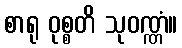
စာရု ဝုစ္စတိ သုဝဏ္ဏံ။